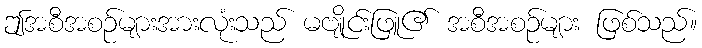
ဤအစီအစဉ်များအားလုံးသည် မဗျိုင်းဖြူ၏ အစီအစဉ်များ ဖြစ်သည်။